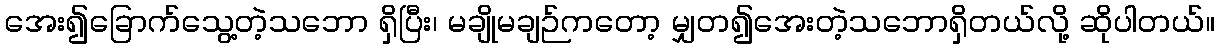
အေး၍ခြောက်သွေ့တဲ့သဘော ရှိပြီး၊ မချိုမချဉ်ကတော့ မျှတ၍အေးတဲ့သဘောရှိတယ်လို့ ဆိုပါတယ်။